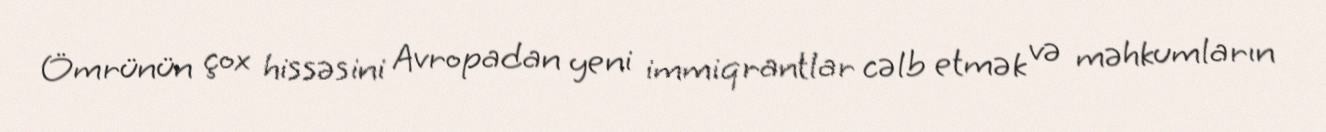
Ömrünün çox hissəsini Avropadan yeni immiqrantlar cəlb etmək və məhkumların